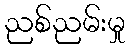
ညစ်ညမ်းမှု